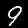
Label: 9